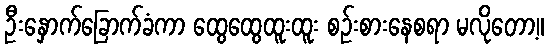
ဦးနှောက်ခြောက်ခံကာ ထွေထွေထူးထူး စဉ်းစားနေစရာ မလိုတော့။